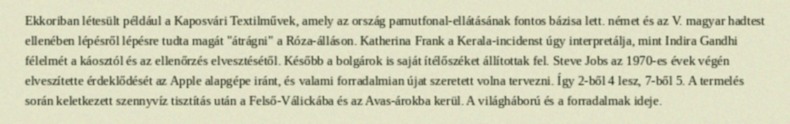
Ekkoriban létesült például a Kaposvári Textilművek, amely az ország pamutfonal-ellátásának fontos bázisa lett. német és az V. magyar hadtest ellenében lépésről lépésre tudta magát "átrágni" a Róza-álláson. Katherina Frank a Kerala-incidenst úgy interpretálja, mint Indira Gandhi félelmét a káosztól és az ellenőrzés elvesztésétől. Később a bolgárok is saját ítélőszéket állítottak fel. Steve Jobs az 1970-es évek végén elveszítette érdeklődését az Apple alapgépe iránt, és valami forradalmian újat szeretett volna tervezni. Így 2-ből 4 lesz, 7-ből 5. A termelés során keletkezett szennyvíz tisztítás után a Felső-Válickába és az Avas-árokba kerül. A világháború és a forradalmak ideje.